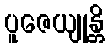
ပူဇေယျုန္တိ